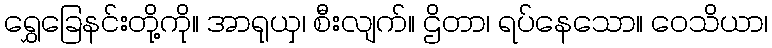
ရွှေခြေနင်းတို့ကို။ အာရုယှ၊ စီးလျက်။ ဌိတာ၊ ရပ်နေသော။ ဝေသိယာ၊